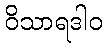
ဝိသာရဒါဝ